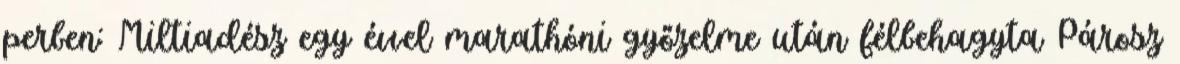
perben: Miltiadész egy évvel marathóni győzelme után félbehagyta Párosz